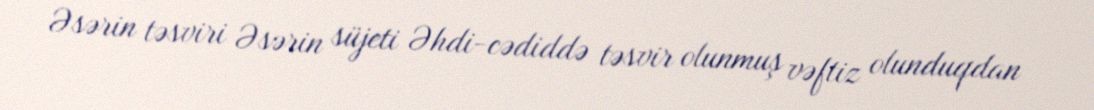
Əsərin təsviri Əsərin süjeti Əhdi-cədiddə təsvir olunmuş vəftiz olunduqdan